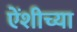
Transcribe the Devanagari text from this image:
एेंशीच्या